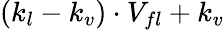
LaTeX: (k_{l}-k_{v})\cdot V_{fl}+k_{v}